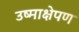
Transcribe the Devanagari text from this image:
उष्माक्षेपण